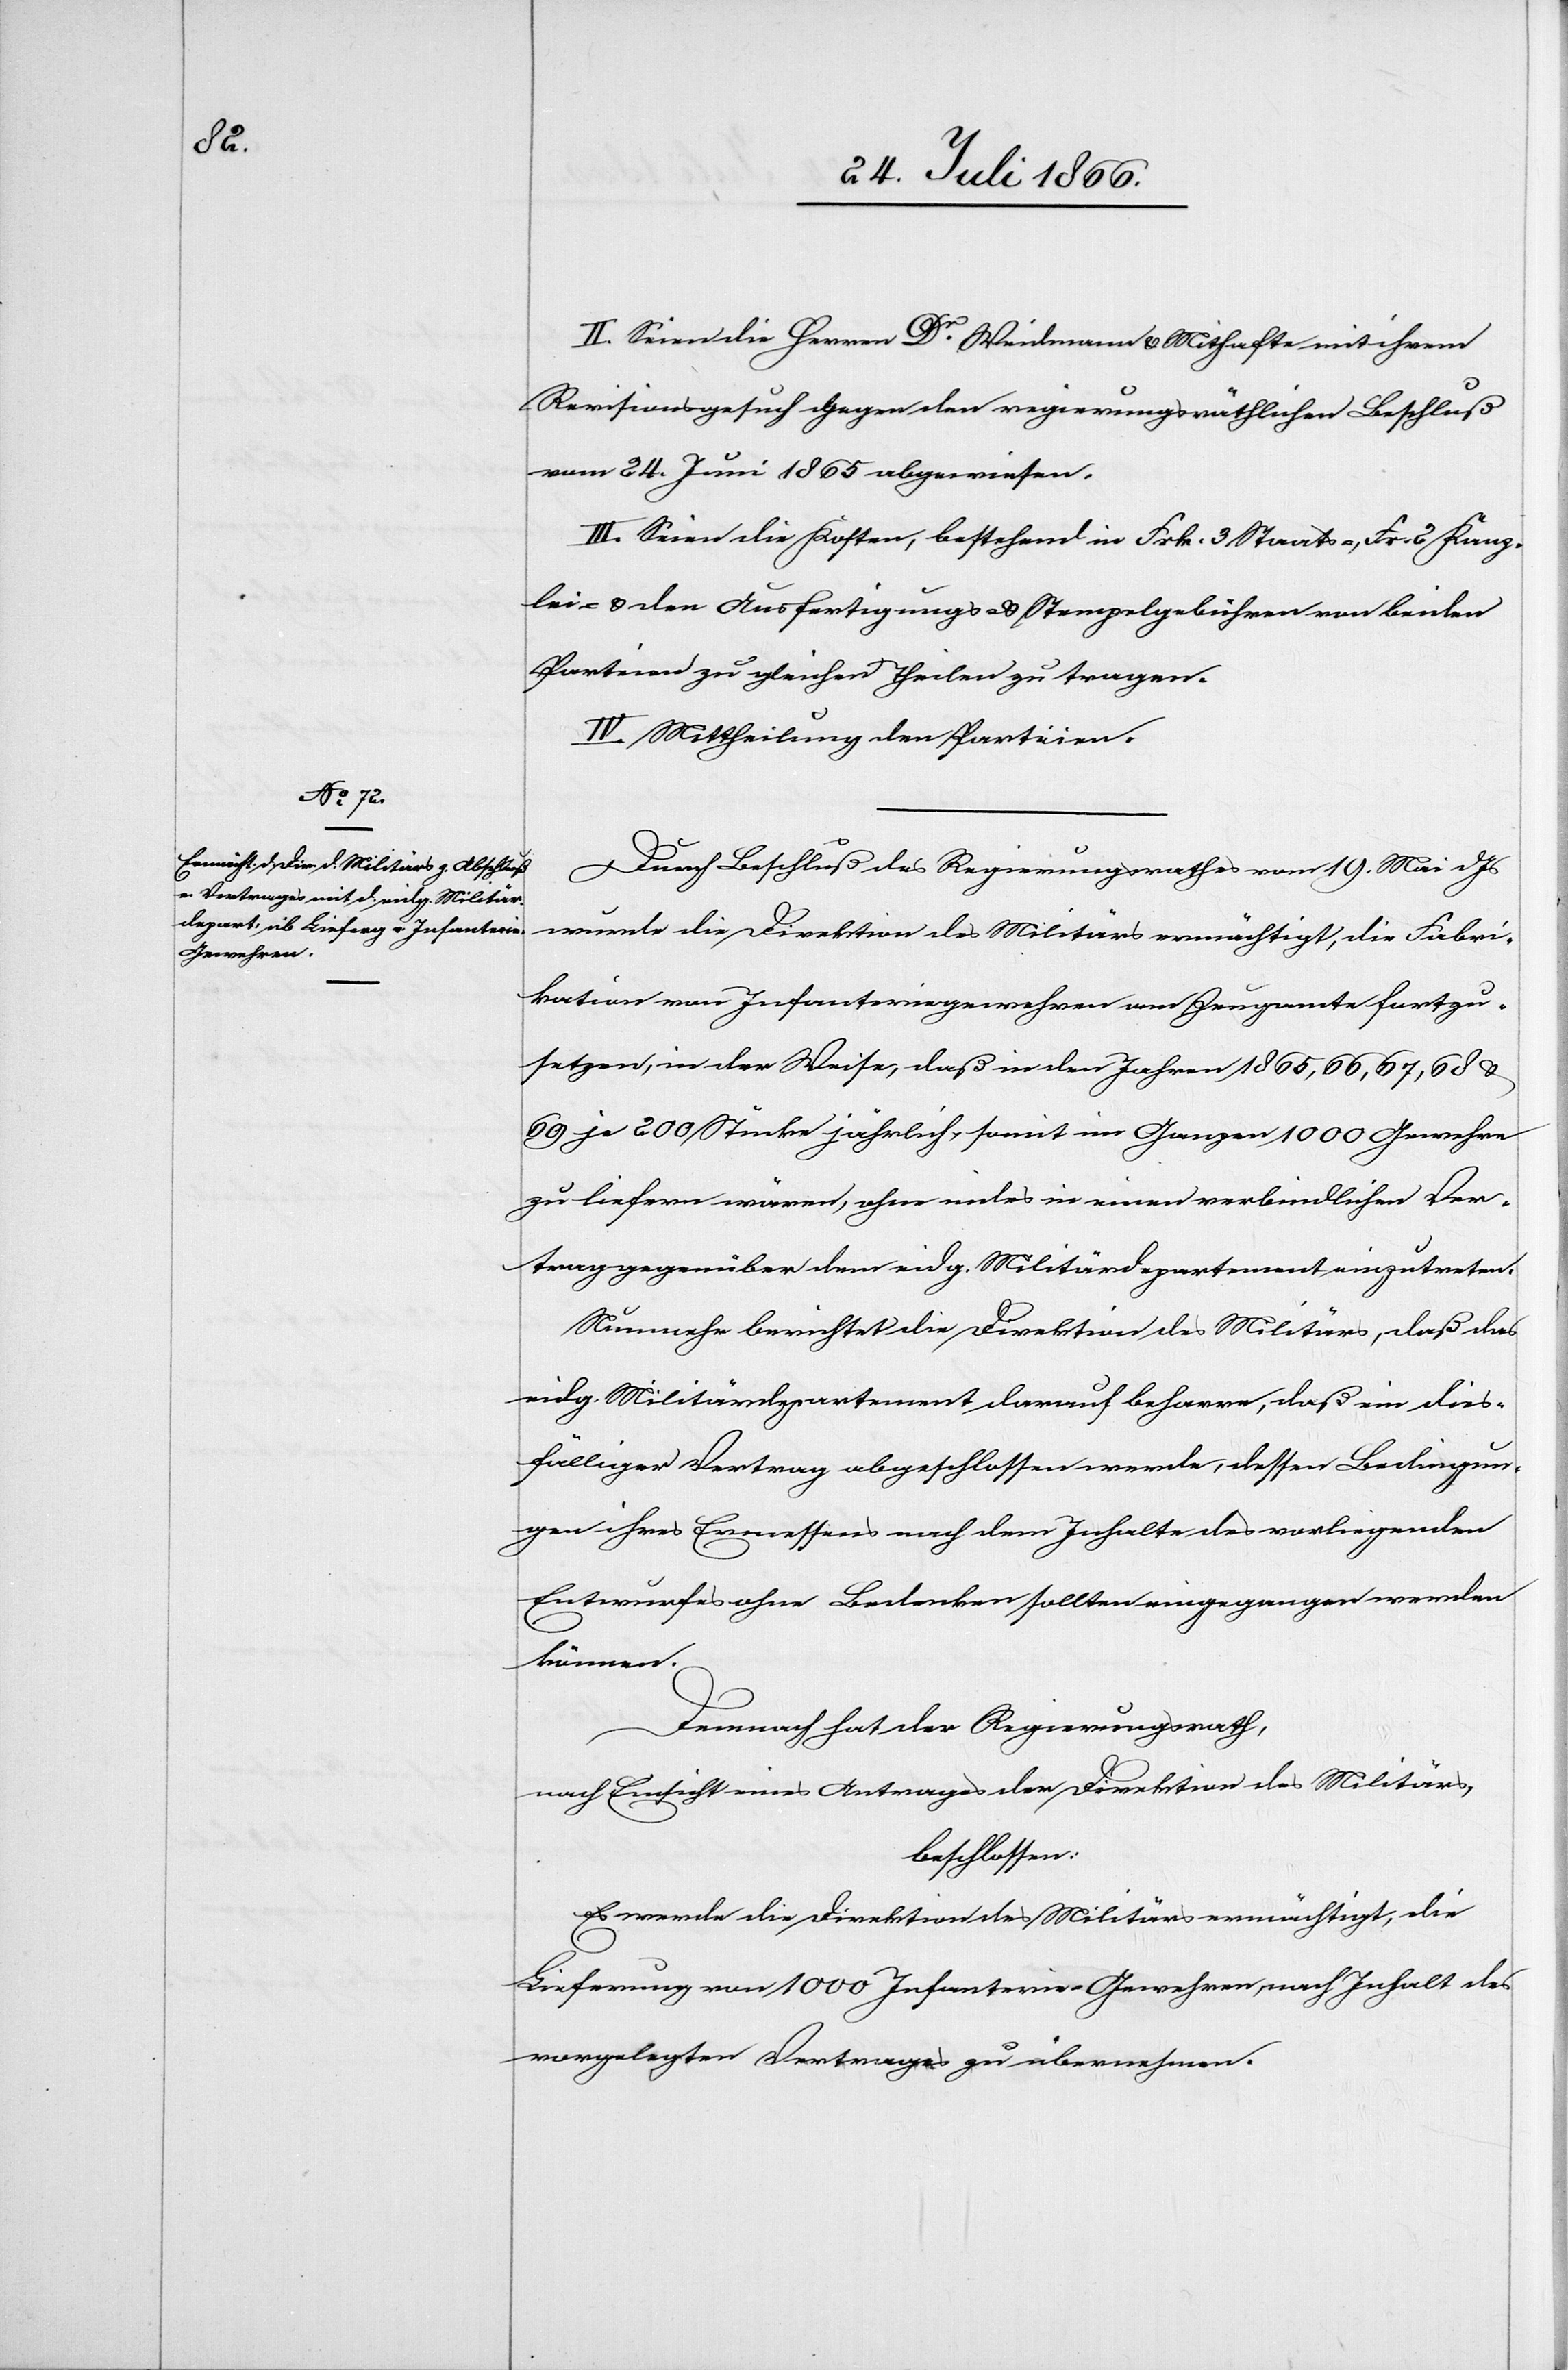
II. Seien die Herren Dr. Weidmann u. Mithafte mit ihrem
Revisionsgesuch gegen den regierungsräthlichen Beschluß
vom 24. Juni 1865 abgewiesen.
III. Seien die Kosten, bestehend in Frk. 3 Staats-, Frk. 2 Kanz¬
lei- u. der Ausfertigungs- u. Stempelgebühren von beiden
Parteien zu gleichen Theilen zu tragen.
IV. Mittheilung den Parteien.
Durch Beschluß des Regierungsrathes vom 19. Mai d Js.
wurde die Direktion des Militärs ermächtigt, die Fabri¬
kation von Infanteriegewehren am Zeugamte fortzu¬
setzen, in der Weise, daß in den Jahren 1865, 66, 67, 68 u.
69 je 200 Stücke jährlich, somit im Ganzen 1000 Gewehre
zu liefern wären, ohne indes in einen verbindlichen Ver¬
trag gegenüber dem eidg. Militärdepartement einzutreten.
Nunmehr berichtet die Direktion des Militärs, daß das
eidg. Militärdepartement darauf beharre, daß ein dies¬
fälliger Vertrag abgeschlossen werde, dessen Bedingun¬
gen ihres Ermessens nach dem Inhalte des vorliegenden
Entwurfes ohne Bedenken sollten eingegangen werden
können.
Demnach hat der Regierungsrath,
nach Einsicht eines Antrages der Direktion des Militärs,
beschlossen:
Es werde die Direktion des Militärs ermächtigt, die
Lieferung von 1000 Infanterie-Gewehren nach Inhalt des
vorgelegten Vertrages zu übernehmen.